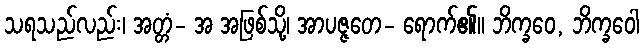
သရသည်လည်း၊ အတ္တံ- အ အဖြစ်သို့၊ အာပဇ္ဇတေ- ရောက်၏။ ဘိက္ခဝေ, ဘိက္ခဝေါ